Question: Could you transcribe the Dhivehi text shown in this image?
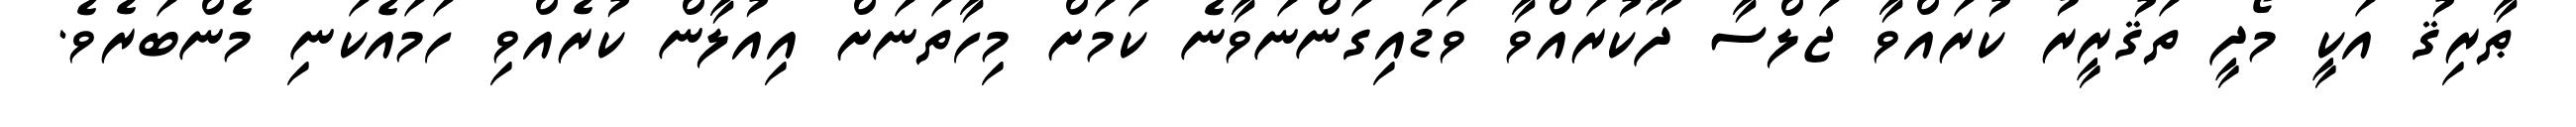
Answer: ޠާރިޤު އަކީ މޯދީ ތަޤުރީރު ކުރައްވާ ޖަލްސާ ދޫކުރައްވާ ވަޑައިގަންނަވާނެ ކަމަށް މިހާތަނަށް އިއުލާން ކުރެއްވި ހަމައެކަނި މެންބަރެވެ.